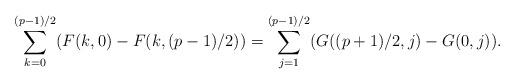
LaTeX: \begin{align*} \sum_{k=0}^{(p-1)/2}(F(k,0)-F(k,(p-1)/2))=\sum_{j=1}^{(p-1)/2}(G((p+1)/2,j)-G(0,j)).\end{align*}